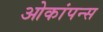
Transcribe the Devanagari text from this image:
ओकांपन्स